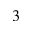
^ 3